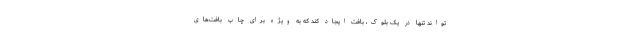
‌تواند تنها در یک بلوک، بافت ایجاد کند که به ویژه برای چاپ بافت‌های